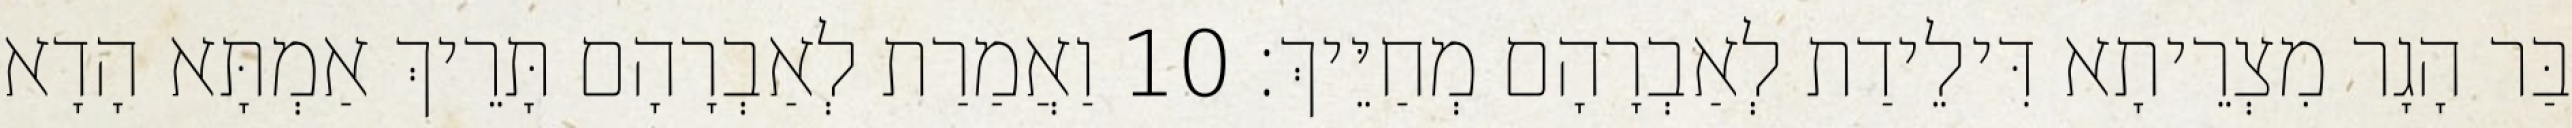
בַּר הָגָר מִצְרֵיתָא דִּילֵידַת לְאַבְרָהָם מְחַיֵּיךְ׃ 10 וַאֲמַרַת לְאַבְרָהָם תָּרֵיךְ אַמְתָּא הָדָא